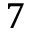
7